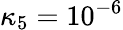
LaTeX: \kappa_{5}=10^{-6}